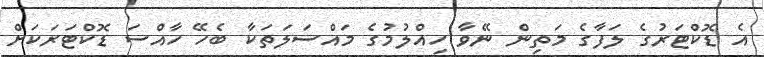
އެ ޑޮކްޓަރުގެ ލަފާގެ މަތިން ނޭވާ ހިއްލުމުގެ މައްސަލަތަކާ ބެހޭ ހާއްސަ ޑޮކްޓަރަކަށް